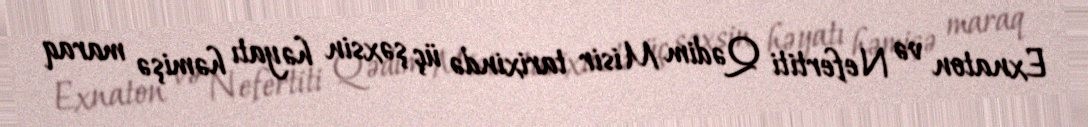
Exnaton və Nefertiti Qədim Misir tarixində üç şəxsin həyatı həmişə maraq